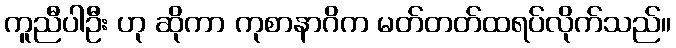
ကူညီပါဦး ဟု ဆိုကာ ကုစာနာဂိက မတ်တတ်ထရပ်လိုက်သည်။